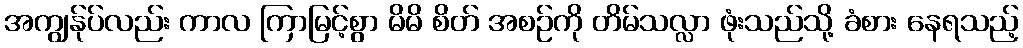
အကျွန်ုပ်လည်း ကာလ ကြာမြင့်စွာ မိမိ စိတ် အစဉ်ကို တိမ်သလ္လာ ဖုံးသည်သို့ ခံစား နေရသည့်